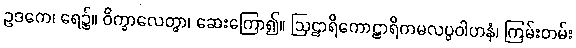
ဥဒကေ၊ ရေ၌။ ဝိက္ခာလေတွာ၊ ဆေးကြော၍။ ဩဠာရိကောဠာရိကမလပ္ပဝါဟနံ၊ ကြမ်းတမ်း